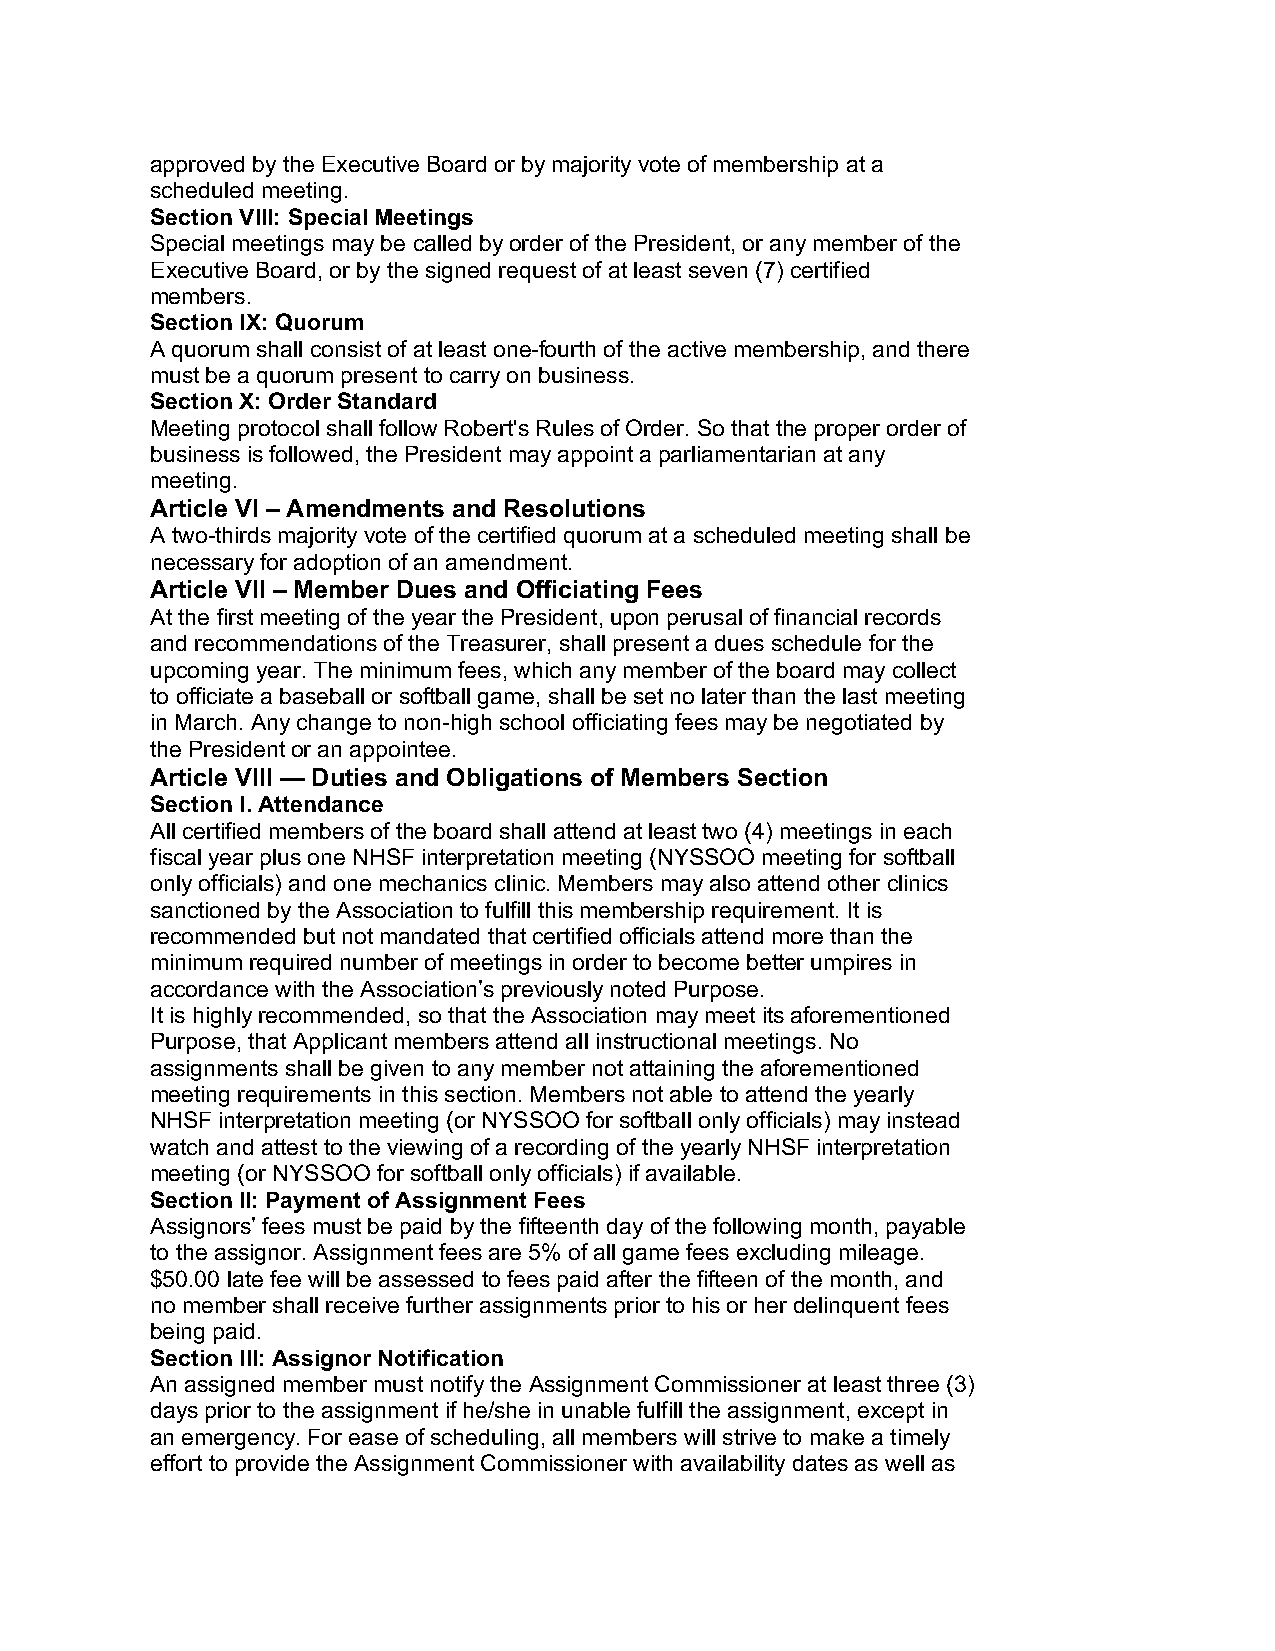
approved by the Executive Board or by majority vote of membership at a
 scheduled meeting.
 Section VIII: Special Meetings
 Special meetings may be called by order of the President, or any member of the
 Executive Board, or by the signed request of at least seven (7) certified
 members.
 Section IX: Quorum
 A quorum shall consist of at least one-fourth of the active membership, and there
 must be a quorum present to carry on business.
 Section X: Order Standard
 Meeting protocol shall follow Robert's Rules of Order. So that the proper order of
 business is followed, the President may appoint a parliamentarian at any
 meeting.
 Article VI – Amendments and Resolutions
 A two-thirds majority vote of the certified quorum at a scheduled meeting shall be
 necessary for adoption of an amendment.
 Article VII – Member Dues and Officiating Fees
 At the first meeting of the year the President, upon perusal of financial records
 and recommendations of the Treasurer, shall present a dues schedule for the
 upcoming year. The minimum fees, which any member of the board may collect
 to officiate a baseball or softball game, shall be set no later than the last meeting
 in March. Any change to non-high school officiating fees may be negotiated by
 the President or an appointee.
 Article VIII — Duties and Obligations of Members Section
 Section I. Attendance
 All certified members of the board shall attend at least two (4) meetings in each
 fiscal year plus one NHSF interpretation meeting (NYSSOO meeting for softball
 only officials) and one mechanics clinic. Members may also attend other clinics
 sanctioned by the Association to fulfill this membership requirement. It is
 recommended but not mandated that certified officials attend more than the
 minimum required number of meetings in order to become better umpires in
 accordance with the Association’s previously noted Purpose.
 It is highly recommended, so that the Association may meet its aforementioned
 Purpose, that Applicant members attend all instructional meetings. No
 assignments shall be given to any member not attaining the aforementioned
 meeting requirements in this section. Members not able to attend the yearly
 NHSF interpretation meeting (or NYSSOO for softball only officials) may instead
 watch and attest to the viewing of a recording of the yearly NHSF interpretation
 meeting (or NYSSOO for softball only officials) if available.
 Section II: Payment of Assignment Fees
 Assignors’ fees must be paid by the fifteenth day of the following month, payable
 to the assignor. Assignment fees are 5% of all game fees excluding mileage.
 $50.00 late fee will be assessed to fees paid after the fifteen of the month, and
 no member shall receive further assignments prior to his or her delinquent fees
 being paid.
 Section III: Assignor Notification
 An assigned member must notify the Assignment Commissioner at least three (3)
 days prior to the assignment if he/she in unable fulfill the assignment, except in
 an emergency. For ease of scheduling, all members will strive to make a timely
 effort to provide the Assignment Commissioner with availability dates as well as